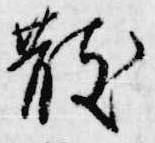
散